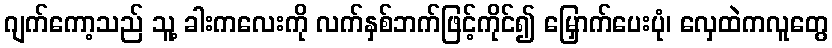
ဂျက်ကော့သည် သူ့ ခါးကလေးကို လက်နှစ်ဘက်ဖြင့်ကိုင်၍ မြှောက်ပေးပုံ၊ လှေထဲကလူတွေ